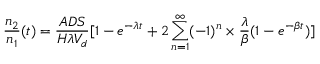
\frac { n _ { 2 } } { n _ { 1 } } ( t ) = \frac { A D S } { H \lambda V _ { d } } [ 1 - e ^ { - \lambda t } + 2 \sum _ { n = 1 } ^ { \infty } ( - 1 ) ^ { n } \times \frac { \lambda } { \beta } ( 1 - e ^ { - \beta t } ) ]